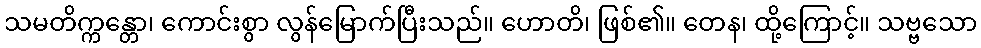
သမတိက္ကန္တော၊ ကောင်းစွာ လွန်မြောက်ပြီးသည်။ ဟောတိ၊ ဖြစ်၏။ တေန၊ ထို့ကြောင့်။ သဗ္ဗသော